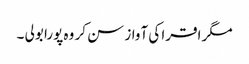
مگر اقرا کی آواز سن کر وہ پورا بولی ۔